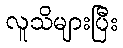
လူသိများပြီး